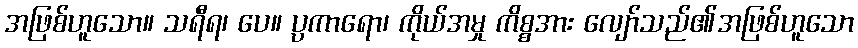
အဖြစ်ဟူသော။ သရီရ၊ ပေ။ ပ္ပကာရော၊ ကိုယ်အမှု ကိစ္စအား လျော်သည်၏အဖြစ်ဟူသော